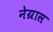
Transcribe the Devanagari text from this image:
नेग्रास